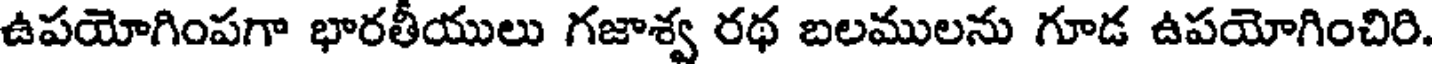
ఉపయోగింపగా భారతీయులు గజాశ్వ రథ బలములను గూడ ఉపయోగించిరి